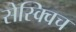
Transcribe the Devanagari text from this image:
सेस्क्विच